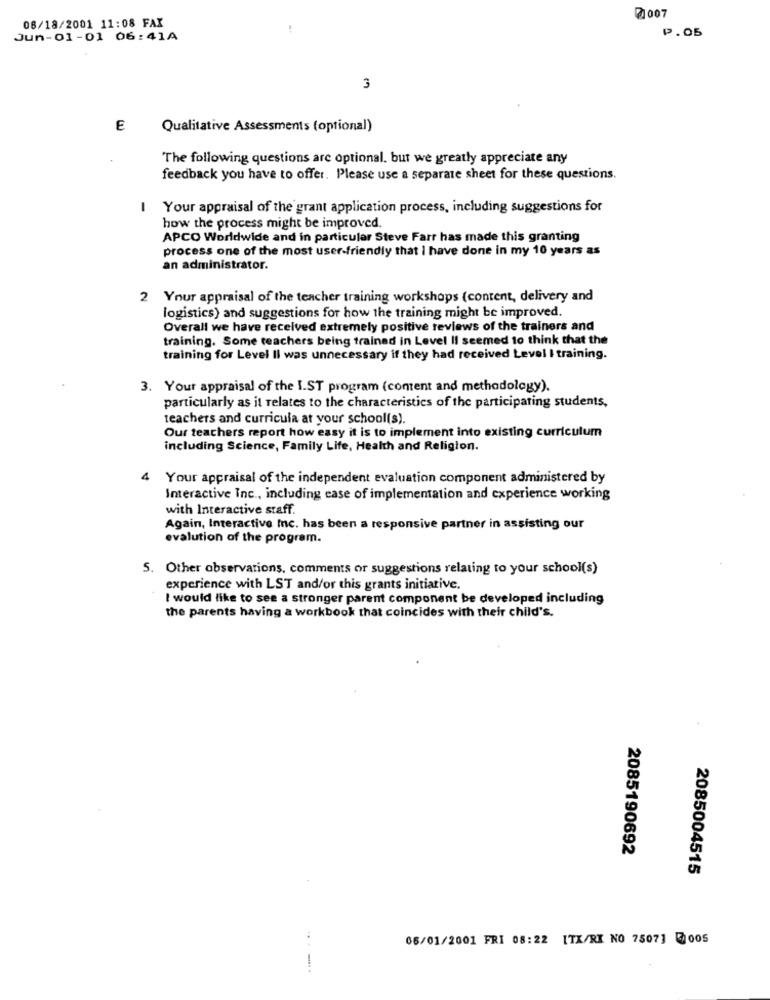
71007
08/18/2001 11:08 FAX
!
Jun-01-01 06:41A
P.05
3
E
Qualitative Assessments (optional)
The following questions are optional. but we greatly appreciate any
feedback you have to offer. Please use a separate sheet for these questions.
I Your appraisal of the grant application process, including suggestions for
how the process might be improved.
APCO Worldwide and in particular Steve Farr has made this granting
process one of the most user-friendly that I have done in my 10 years as
an administrator.
2 Your appraisal of the teacher training workshops (content, delivery and
logistics) and suggestions for how the training might be improved.
Overall we have received extremely positive reviews of the trainers and
training. Some teachers being trained in Level Il seemed 10 think that the
training for Level Il was unnecessary if they had received Level I training.
3. Your appraisal of the I.ST program (content and methodology).
particularly as it relates to the characteristics of the participating students,
teachers and curricula at your school(s).
Our teachers report how easy it is to implement into existing curriculum
including Science, Family Life, Health and Religion.
Your appraisal of the independent evaluation component administered by
Interactive Inc ., including ease of implementation and experience working
with Interactive staff.
Again, Interactive Inc. has been a responsive partner in assisting our
evalution of the program.
5. Other observarions, comments or suggestions relating to your school(s)
experience with LST and/or this grants initiative.
I would like to see a stronger parent component be developed including
the parents having a workbook that coincides with their child's.
2085190692
2085004515
06/01/2001 FRI 08:22 [TX/RI NO 7507] 3005
-.